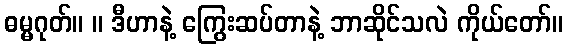
ဓမ္မဂုတ်။ ။ ဒီဟာနဲ့ ကြွေးဆပ်တာနဲ့ ဘာဆိုင်သလဲ ကိုယ်တော်။